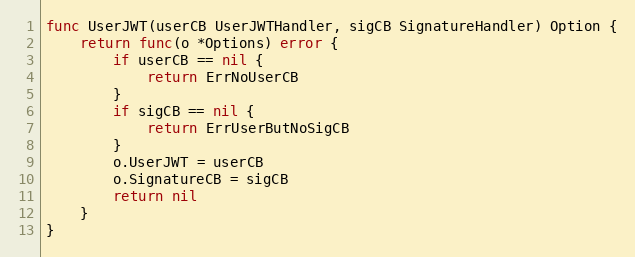
Language: Go
func UserJWT(userCB UserJWTHandler, sigCB SignatureHandler) Option {
	return func(o *Options) error {
		if userCB == nil {
			return ErrNoUserCB
		}
		if sigCB == nil {
			return ErrUserButNoSigCB
		}
		o.UserJWT = userCB
		o.SignatureCB = sigCB
		return nil
	}
}